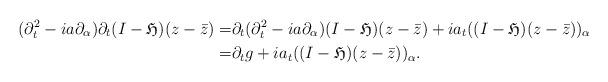
LaTeX: \begin{align*}(\partial_t^2-ia\partial_{\alpha})\partial_t(I-\mathfrak{H})(z-\bar{z})=&\partial_t (\partial_t^2-ia\partial_{\alpha})(I-\mathfrak{H})(z-\bar{z})+ia_t((I-\mathfrak{H})(z-\bar{z}))_{\alpha}\\=&\partial_t g+ia_t((I-\mathfrak{H})(z-\bar{z}))_{\alpha}.\end{align*}